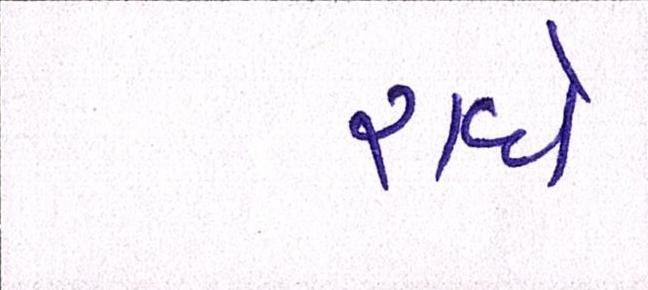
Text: રાધે